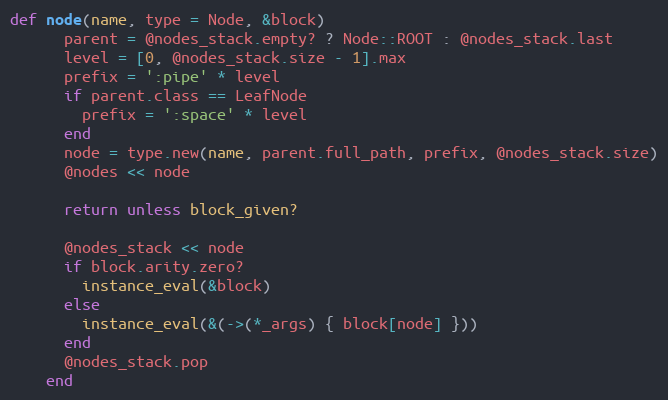
Language: Ruby
def node(name, type = Node, &block)
      parent = @nodes_stack.empty? ? Node::ROOT : @nodes_stack.last
      level = [0, @nodes_stack.size - 1].max
      prefix = ':pipe' * level
      if parent.class == LeafNode
        prefix = ':space' * level
      end
      node = type.new(name, parent.full_path, prefix, @nodes_stack.size)
      @nodes << node

      return unless block_given?

      @nodes_stack << node
      if block.arity.zero?
        instance_eval(&block)
      else
        instance_eval(&(->(*_args) { block[node] }))
      end
      @nodes_stack.pop
    end